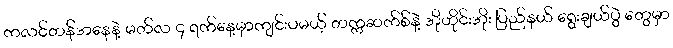
ကလင်တန်အနေနဲ့ မတ်လ ၄ ရက်နေ့မှာကျင်းပမယ့် တက္ကဆက်စ်နဲ့ အိုဟိုင်းအိုး ပြည်နယ် ရွေးချယ်ပွဲ တွေမှာ